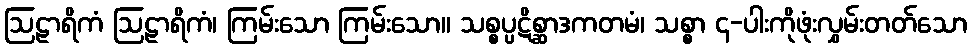
ဩဠာရိကံ ဩဠာရိကံ၊ ကြမ်းသော ကြမ်းသော။ သစ္စပ္ပဋိစ္ဆာဒကတမံ၊ သစ္စာ ၄-ပါးကိုဖုံးလွှမ်းတတ်သော